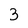
Character: 3